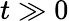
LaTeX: t\gg 0